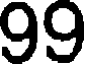
99